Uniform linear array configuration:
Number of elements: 4
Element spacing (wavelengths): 0.25
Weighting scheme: hann
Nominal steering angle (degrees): -30
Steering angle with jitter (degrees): -30.933
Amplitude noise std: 0.05
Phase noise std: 0.05

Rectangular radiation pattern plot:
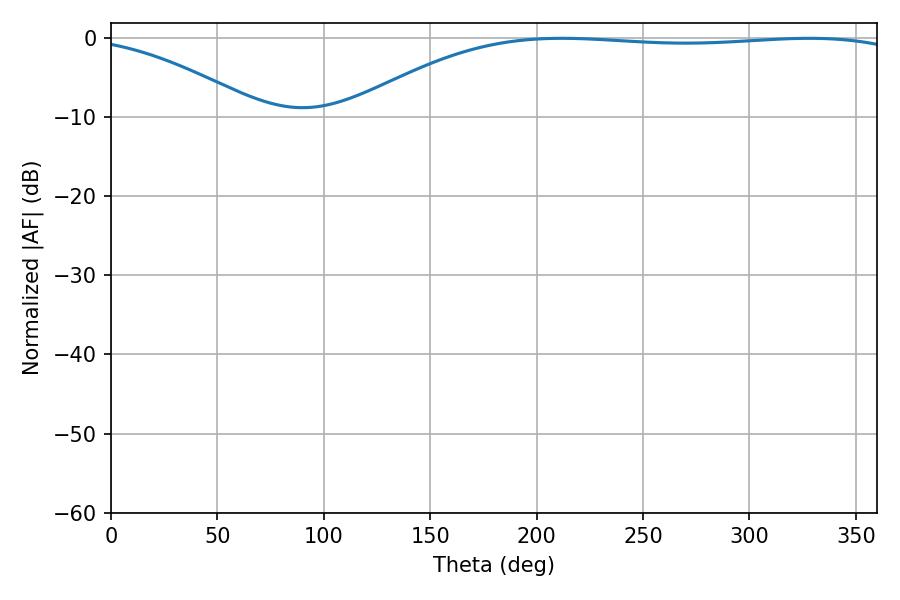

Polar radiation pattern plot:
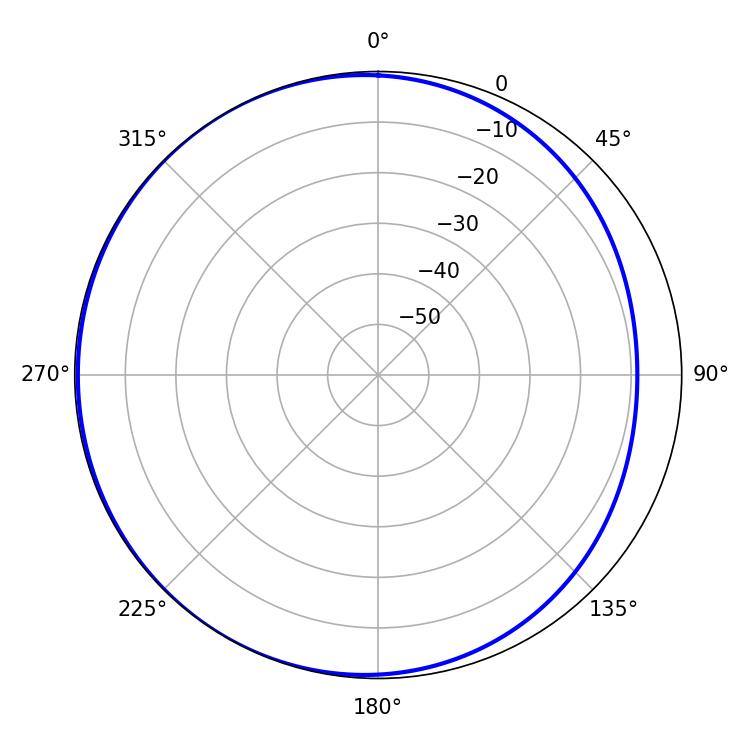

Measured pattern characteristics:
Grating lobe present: FALSE
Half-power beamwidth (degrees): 208.08
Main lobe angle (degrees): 211.86